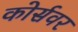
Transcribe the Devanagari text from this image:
कोर्सवर